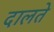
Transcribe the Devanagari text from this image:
दालते